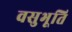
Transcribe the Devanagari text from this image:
वसुभूति